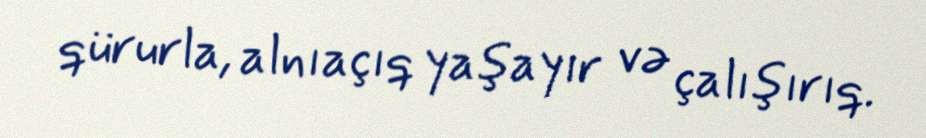
qürurla, alnıaçıq yaşayır və çalışırıq.